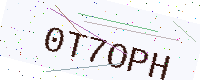
Text: 0T7OPH